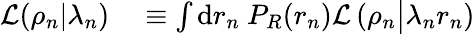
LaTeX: \begin{array}{rl}{\mathcal{L}(\rho_{n}|\lambda_{n})}&{{}\equiv\int\mathrm{d}r_{n}~P_{R}(r_{n}){\mathcal L}\left(\rho_{n}\big|\lambda_{n}r_{n}\right)}\end{array}